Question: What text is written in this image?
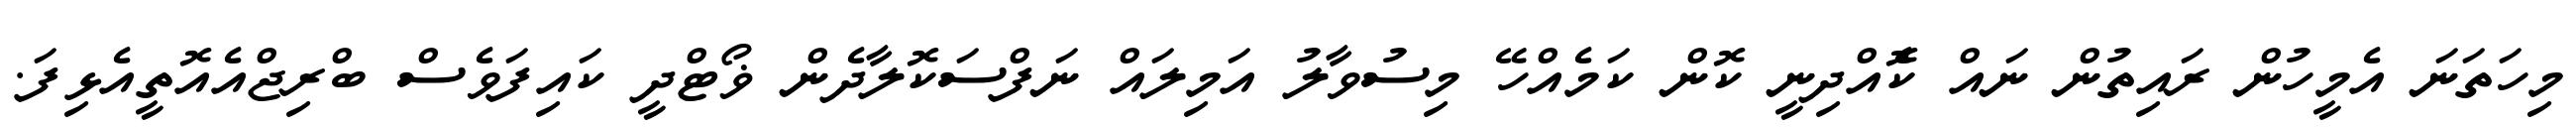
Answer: މިހަތަނަ އެމީހުން ރައިތުން ނައް ކޮެއްދިނީ ކޮން ކަމެއްހޭ މިސުވާލު އަމިލައް ނަފްސަކޮލާދެން ޥޯޓްދީ ކައިފަވެސް ބްރިޖްއެއޮތީއެޅިފަ.